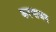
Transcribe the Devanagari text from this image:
करभाजन